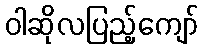
ဝါဆိုလပြည့်ကျော်